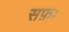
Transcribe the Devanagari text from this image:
सफ़ः